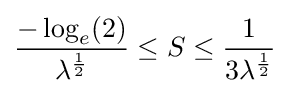
{\frac {-\log _{e}(2)}{\lambda ^{\frac {1}{2}}}}\leq S\leq {\frac {1}{3\lambda ^{\frac {1}{2}}}}